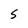
Character: S